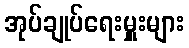
အုပ်ချုပ်ရေးမှူးများ